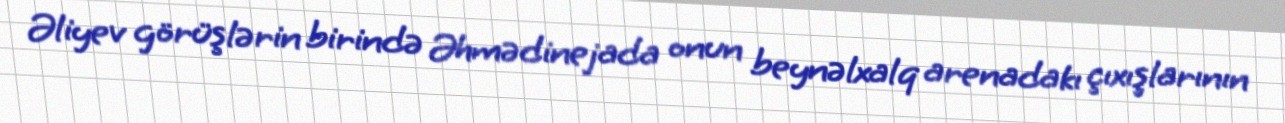
Əliyev görüşlərin birində Əhmədinejada onun beynəlxalq arenadakı çıxışlarının